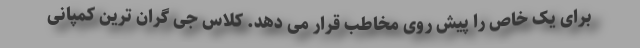
برای یک خاص را پیش روی مخاطب قرار می دهد. کلاس جی گران ترین کمپانی